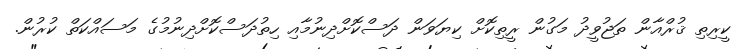
ކީރިތި ޤުރްއާން ތަޖުވީދު މަގުން ރީތިކޮށް ކިޔަވަން ދަސްކޮށްދިނުމާއި ހިތުދަސްކޮށްދިނުމުގެ މަސައްކަތް ކުރުން.